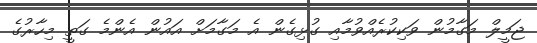
ޖަމީލް މަގާމުން ވަކިކުރެއްވުމާއި ގުޅިގެން އެ މަގާމަށް އައުން އެންމެ ގަތީ މިހާރުގެ